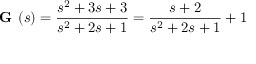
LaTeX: { \textbf { G } } ( s ) = { \frac { s ^ { 2 } + 3 s + 3 } { s ^ { 2 } + 2 s + 1 } } = { \frac { s + 2 } { s ^ { 2 } + 2 s + 1 } } + 1